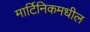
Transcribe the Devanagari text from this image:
मार्टिनिकमधील